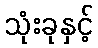
သုံးခုနှင့်